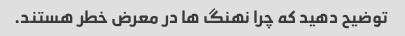
توضیح دهید که چرا نهنگ ها در معرض خطر هستند.